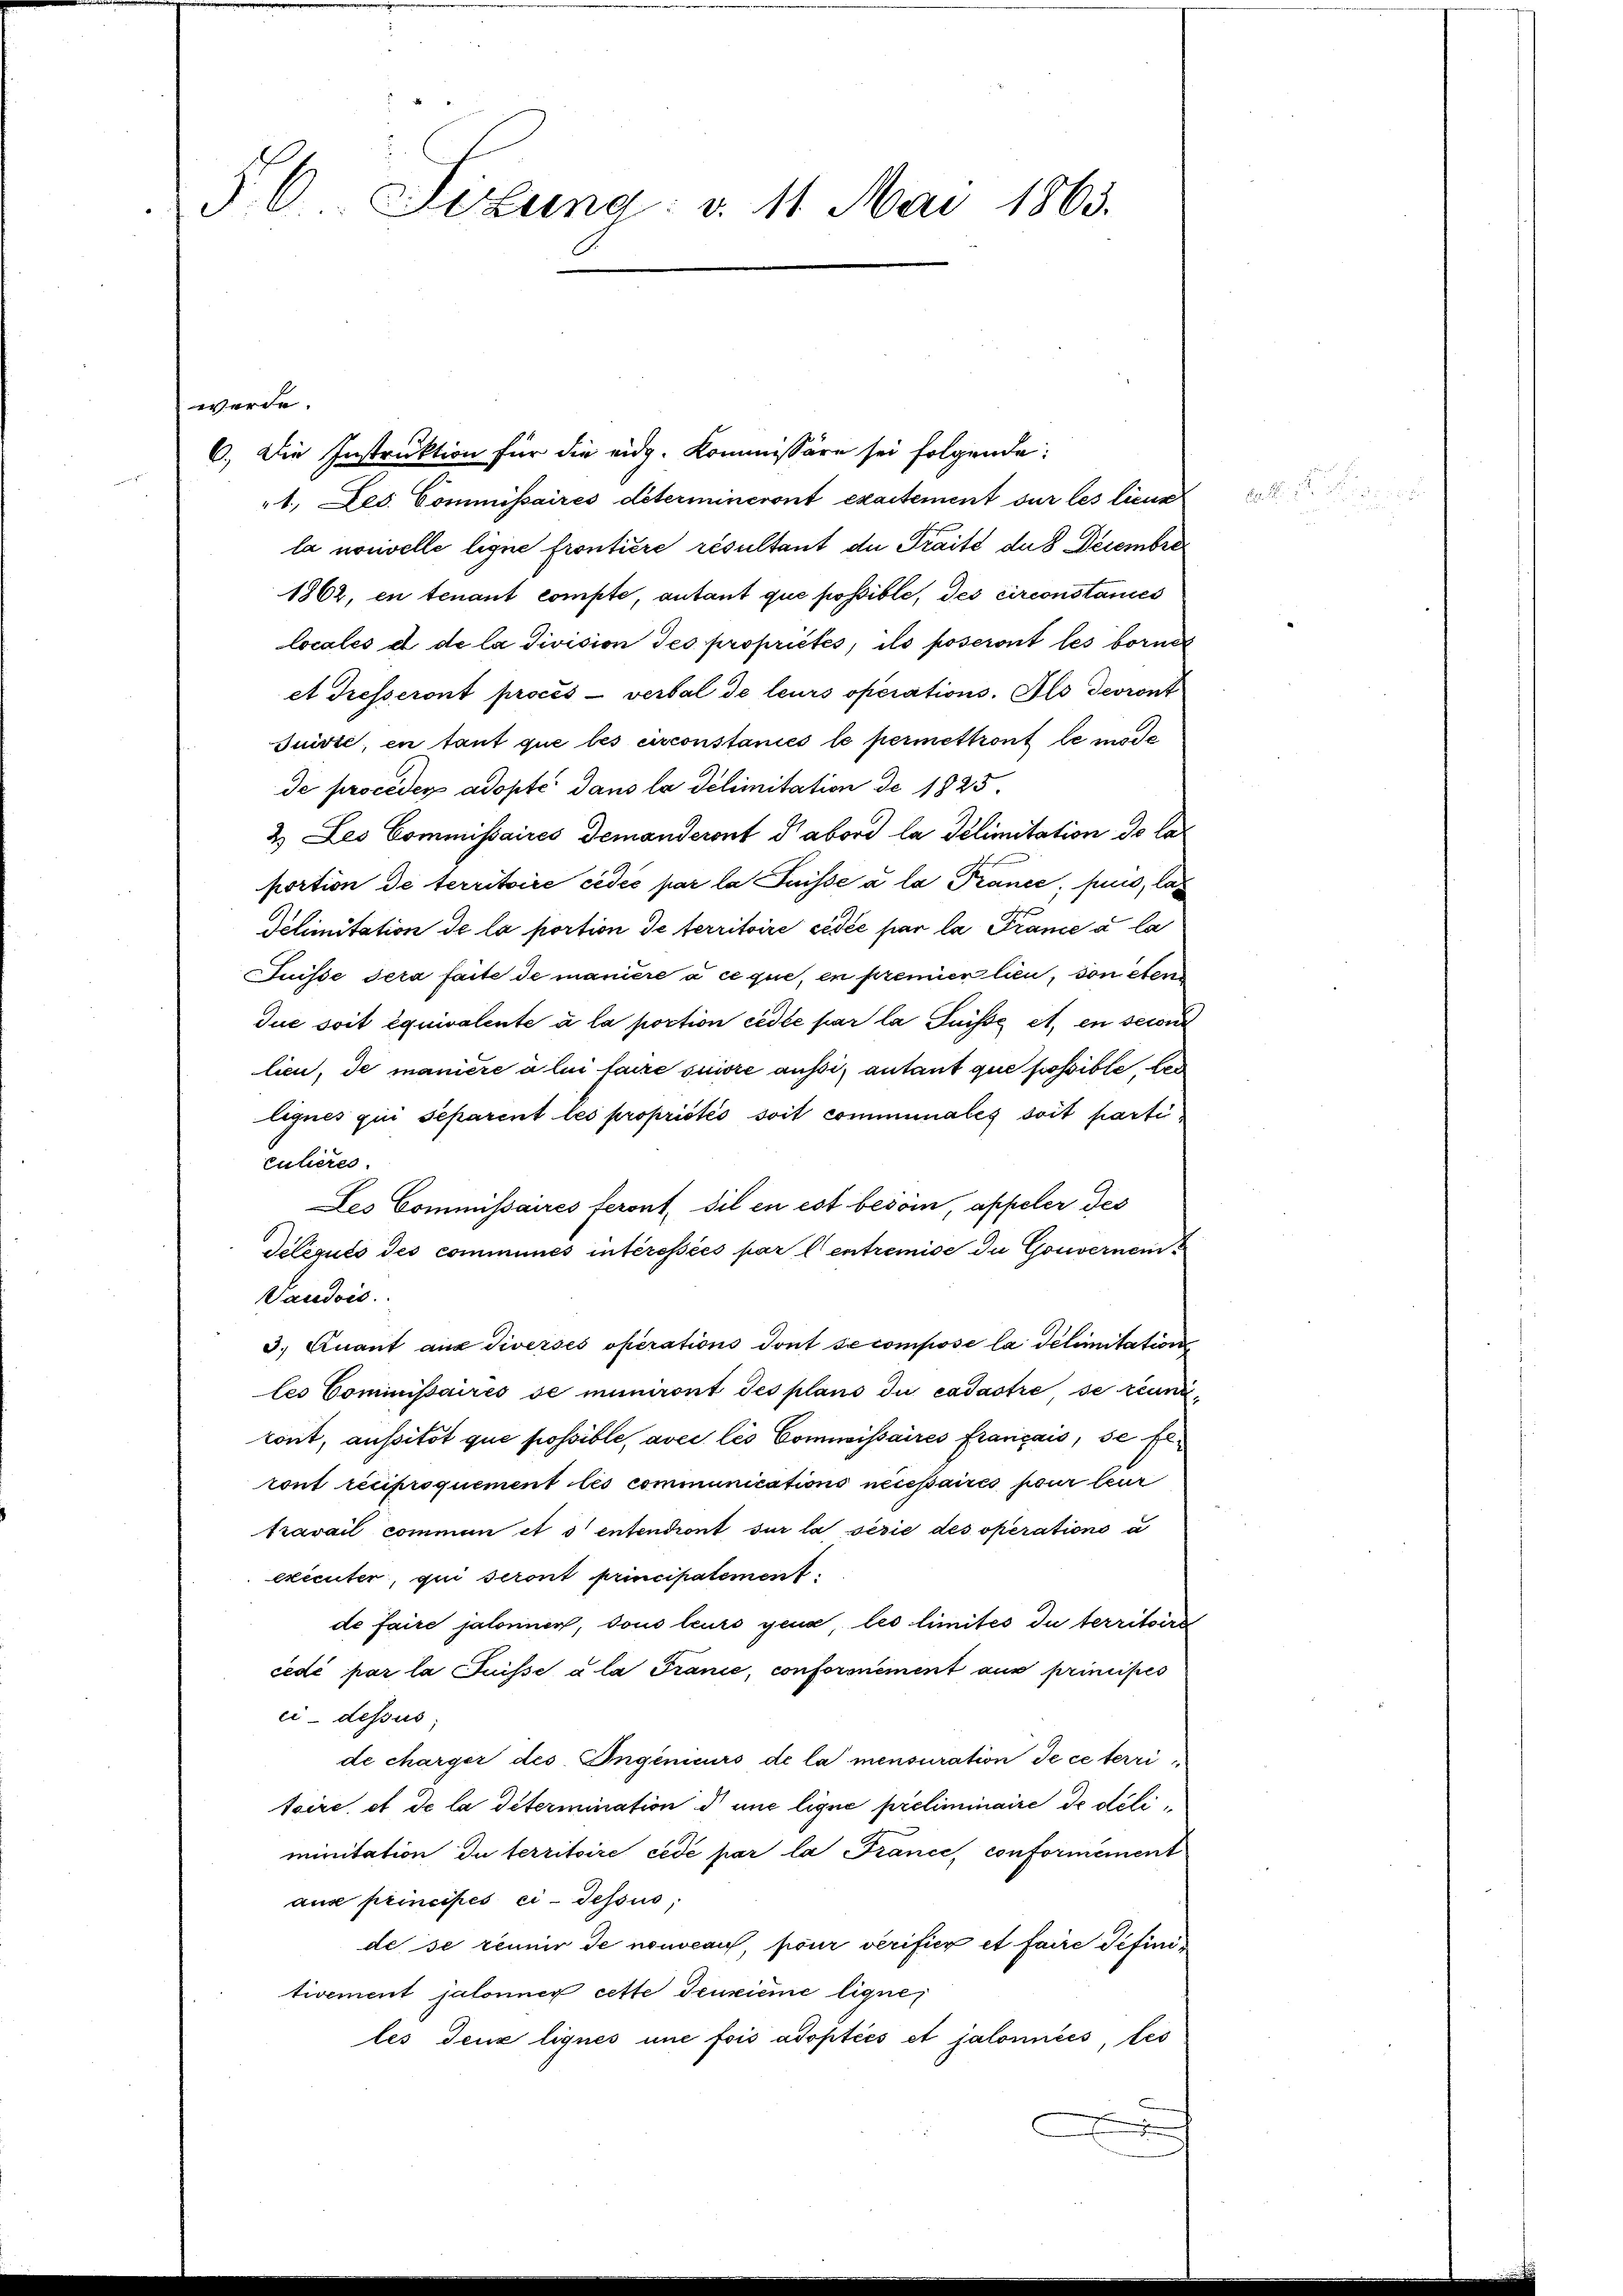
§ 6. Sizung: v. 11. Mai 1863.

werde.
6.) Die Instruktion für die eidg. Kommissäre sei folgende:
1., Jes. Commissaires détermineront exactement sur les lieun
la nouvelle ligne frontière résultant der Traité dus Decembre
1862, en tenant compte, autant que possible, des circonstances
locales et de la division des propriétés, ils poseront les bornde
et Tresseront procès-verbal de leurs operations. Als devront
Suisse, en tant que les circonstaniés le permettront le mode
de procéder adopté dans la delimitation de 1825.
2. Les Commissaires demanderont d’abord la Telimitation de la
portion de territoire cédée par la Puisse à la Trance, puis, la
Delimitation de la portion de territoire cédée par la France à la
Suisse sera faite de manière à ce que, en premien lieu, von eten
due soit équivalente à la portion cédée par la Suisse et en seine
lici, de manière à lui faire suivre aussi, autant que fossible der
lignes qui separent les propriétés soit communales soit particulieres.
Les Commissaires feront, dil en est besoin, appeler des
délégués des communes intéressées par l. entremise du Gouvernem
Vaudon.
3.) Kuant aus Siversés operations Sont secompose la délimitation
les Commissaires se miniront des plans du cadastre se rein,
kont, aussitot que possible, avec les Comisissaires français, se fe
ront reciproquement les communications nécessaires pour leur
travail commun et 3 entendiont sur la serie des operations a
exécuter, qui seront principalement
de faire jalonnen, sous leurs gena les limités du territoire
cédé par la Suisse à la France, conformément aus principes
ci-dessus
de charger des Ingenicurs de la mensuration de ce terri
toire et de la détermination d une ligne préliminaire de déliminitation du territoire cede par la France, conformément
aus principés ci-dessus,
de se renner de nouveau, pour verifier et faire definitivement jalonner cette deuxième lique,
les Teux lignes une fois adoptéés et jalonnées, tes